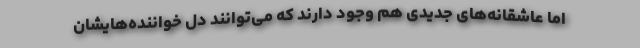
اما عاشقانه‌های جدیدی هم وجود دارند که می‌توانند دل خواننده‌هایشان